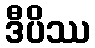
ဒီပိဿ